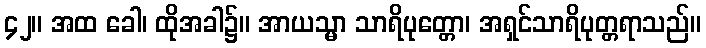
၄၂။ အထ ခေါ၊ ထိုအခါ၌။ အာယသ္မာ သာရိပုတ္တော၊ အရှင်သာရိပုတ္တရာသည်။